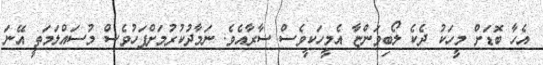
އެހާ ބޮޑަށް މީހަކު ދެކެ ލޯބިވަންޏާ އެމީހަކީވެސް ސާރާއެވެ. ނަމާދުކުރުމަށްފަހުވެސް މުސައްލަމަތީ އޭނަ